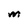
Character: M